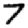
Digit: 7